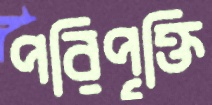
পরিপৃক্তি